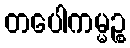
တပေါကမ္မဉ္စ